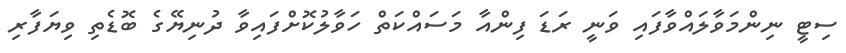
ސިޓީ ނިންމަވާލައްވާފައި ވަނީ ރަޑަ ފިންއާ މަސައްކަތް ހަވާލުކޮށްފައިވާ ދުނިޔޭގެ ބޮޑެތި ވިޔަފާރި